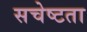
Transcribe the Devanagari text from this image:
सचेष्टता